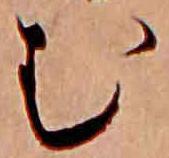
む